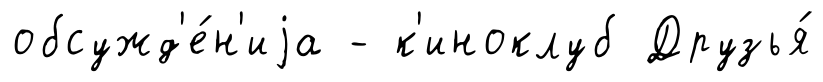
обсужд'е́н'иjа - к'иноклуб Друзья́